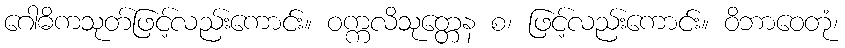
ဂေါဓိကသုတ်ဖြင့်လည်းကောင်း။ ဝက္ကလိသုတ္တေန စ၊ ဖြင့်လည်းကောင်း။ ဝိဘာဝေတုံ၊